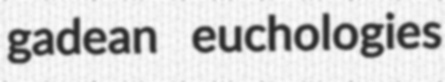
gadean euchologies